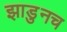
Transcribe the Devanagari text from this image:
झाडुनच